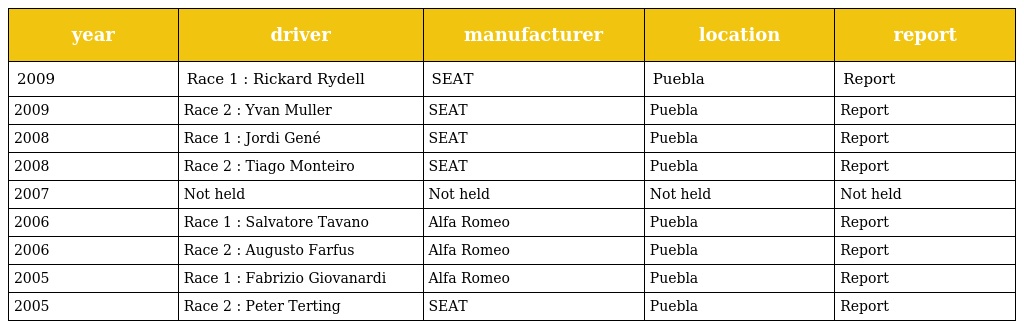
| year | driver | manufacturer | location | report |
 | --- | --- | --- | --- | --- |
 | 2009 | Race 1 : Rickard Rydell | SEAT | Puebla | Report |
 | 2009 | Race 2 : Yvan Muller | SEAT | Puebla | Report |
 | 2008 | Race 1 : Jordi Gené | SEAT | Puebla | Report |
 | 2008 | Race 2 : Tiago Monteiro | SEAT | Puebla | Report |
 | 2007 | Not held | Not held | Not held | Not held |
 | 2006 | Race 1 : Salvatore Tavano | Alfa Romeo | Puebla | Report |
 | 2006 | Race 2 : Augusto Farfus | Alfa Romeo | Puebla | Report |
 | 2005 | Race 1 : Fabrizio Giovanardi | Alfa Romeo | Puebla | Report |
 | 2005 | Race 2 : Peter Terting | SEAT | Puebla | Report |